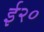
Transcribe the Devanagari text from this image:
ई२०